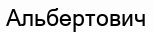
Альбертович